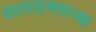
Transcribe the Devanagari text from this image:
वेदवाङ्‌मयाच्या